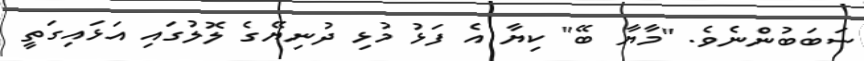
ސަބަބުންނެވެ. "މާޔާ ބޭ" ކިޔާ އެ ފަޅު މުޅި ދުނިޔޭގެ ލޮލުގައި އަޅައިގަތީ